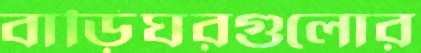
বাড়িঘরগুলোর